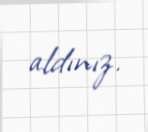
aldınız.